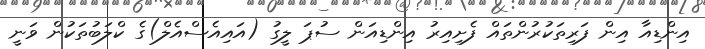
އިންޑިއާ އިން ފަރިތަކުރުންތައް ފެށިއިރު އިންޑިއަން ސުޕަ ލީގު (އައިއެސްއެލް)ގެ ކްލަބުތަކުން ވަނީ